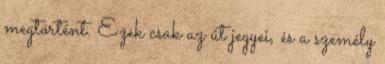
megtörtént. Ezek csak az út jegyei, és a személy